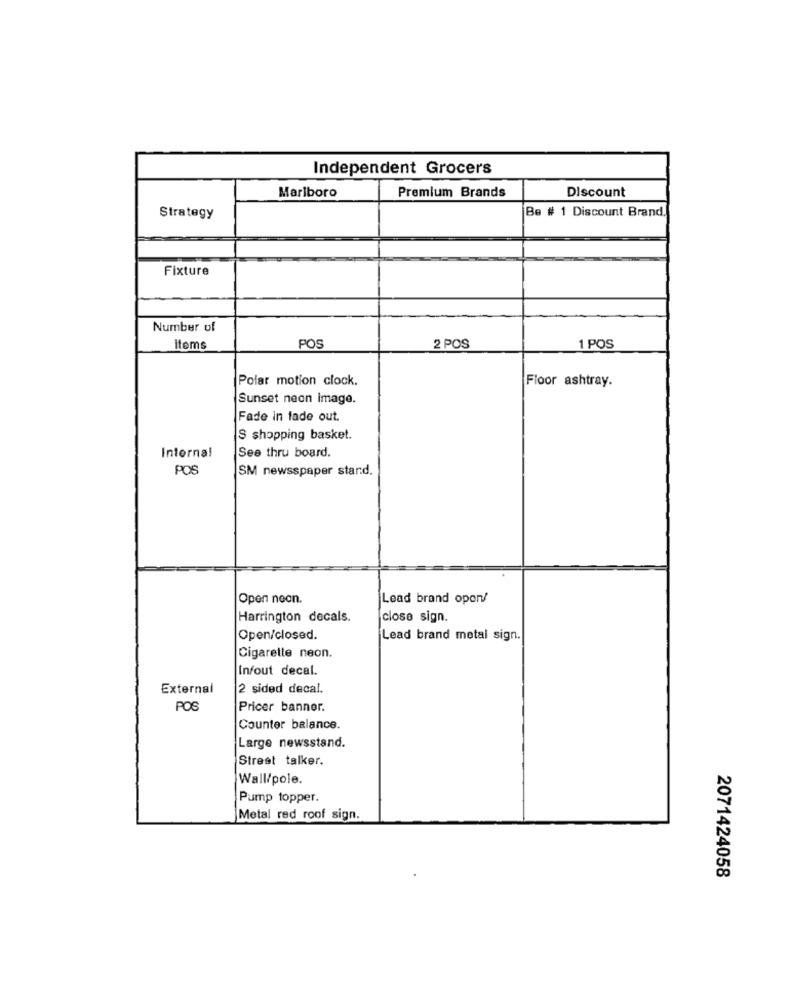
Independent Grocers
Premium Brands
Discount
Marlboro
Be # 1 Discount Brand.
Strategy
Fixture
Number of
itoms
POS
2 POS
1 POS
Polar motion clock.
Floor ashtray.
Sunset neon Image.
Fade In fade out.
S shopping basket.
Internal
See thru board.
POS
SM newsspaper stand.
Open neon.
Lead brand open/
Harrington decals.
close sign.
Open/closed.
Lead brand metal sign.
Cigarette neon.
Infout decal.
External
2 sided decal.
POS
Pricer banner.
Counter balance.
Large newsstand.
Street talker.
Wall/pole.
Pump topper.
Metal red roof sign.
2071424058